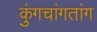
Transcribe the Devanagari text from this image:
कुंगचांगतांग